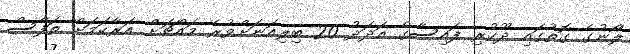
ލޯނުގެ ގޮތުގައި ދޫކުރި ފައިސާގެ އަދަދު 20 ބިލިއަނަށްވުރެ މައްޗަށް އަރާކަމަށް ތަފާސް